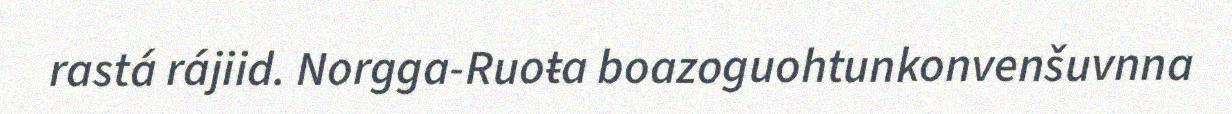
rastá rájiid. Norgga-Ruoŧa boazoguohtunkonvenšuvnna